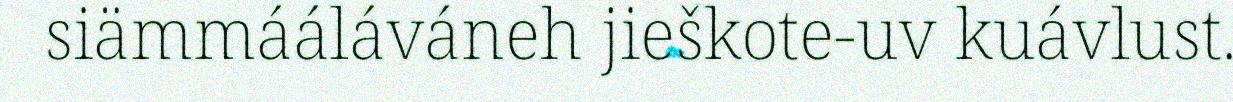
siämmááláváneh jieškote-uv kuávlust.